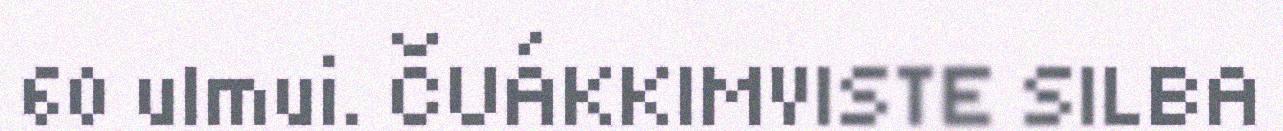
60 ulmui. ČUÁKKIMVISTE SILBA